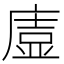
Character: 𭙰